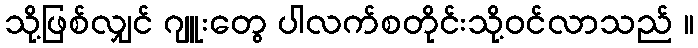
သို့ဖြစ်လျှင် ဂျူးတွေ ပါလက်စတိုင်းသို့ဝင်လာသည် ။